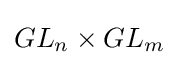
GL_{n}\times GL_{m}